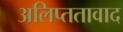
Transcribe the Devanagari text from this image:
अलिप्ततावाद